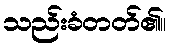
သည်းခံတတ်၏။